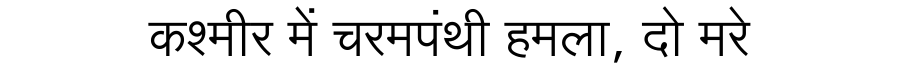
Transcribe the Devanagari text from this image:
कश्मीर में चरमपंथी हमला, दो मरे